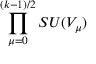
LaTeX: \prod _ { \mu = 0 } ^ { ( k - 1 ) / 2 } S U ( V _ { \mu } )